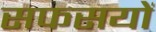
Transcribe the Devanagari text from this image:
सफसयों